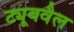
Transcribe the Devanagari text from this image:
ट्यूबवैल